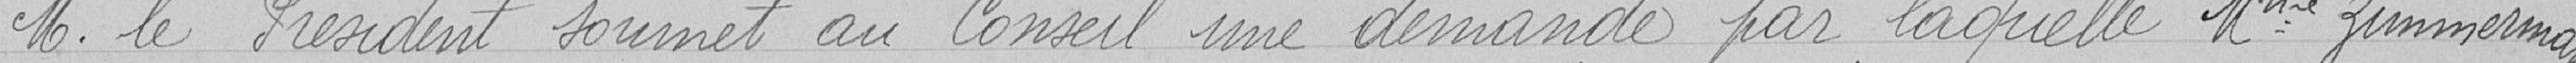
Monsieur le Président soumet au conseil une demande par laquelle Madame Zimmermann